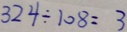
3 2 4 \div 1 0 8 = 3